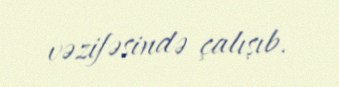
vəzifəsində çalışıb.